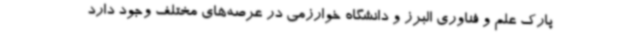
پارک علم و فناوری البرز و دانشگاه خوارزمی در عرصه‌های مختلف وجود دارد